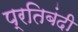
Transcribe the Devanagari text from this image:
प्रतिबंदी